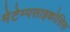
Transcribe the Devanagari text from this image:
मेटेम्पसाइकोसिस